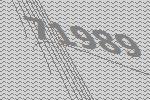
71989